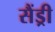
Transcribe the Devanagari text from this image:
सैंड्री